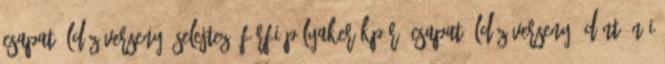
csapat üldözőverseny, selejtező férfi pályakerékpár, csapat üldözőverseny, döntő női